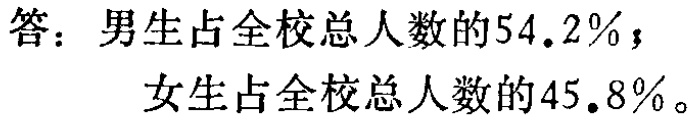
答：男生占全校总人数的$54.2\%$；

女生占全校总人数的$45.8\%$。